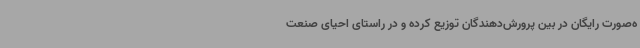
ه‌صورت رایگان در بین پرورش‌دهندگان توزیع کرده و در راستای احیای صنعت